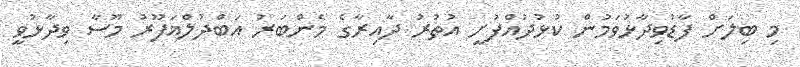
މި ބިލަށް ފާޑުވިދާޅުވަމުން ކުޅުދުއްފުށީ އުތުރު ދާއިރާގެ މެންބަރު އަބްދުލްޣަފޫރު މޫސާ ވިދާޅުވީ